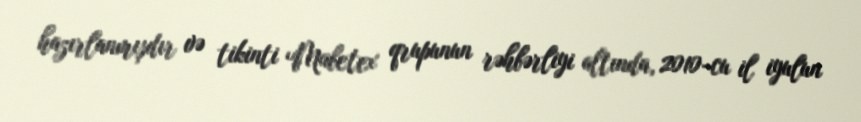
hazırlanmışdır və tikinti Mabetex qrupunun rəhbərliyi altında, 2010-cu il iyulun